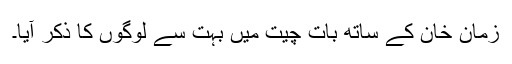
زمان خان کے ساتھ بات چیت میں بہت سے لوگوں کا ذکر آیا۔